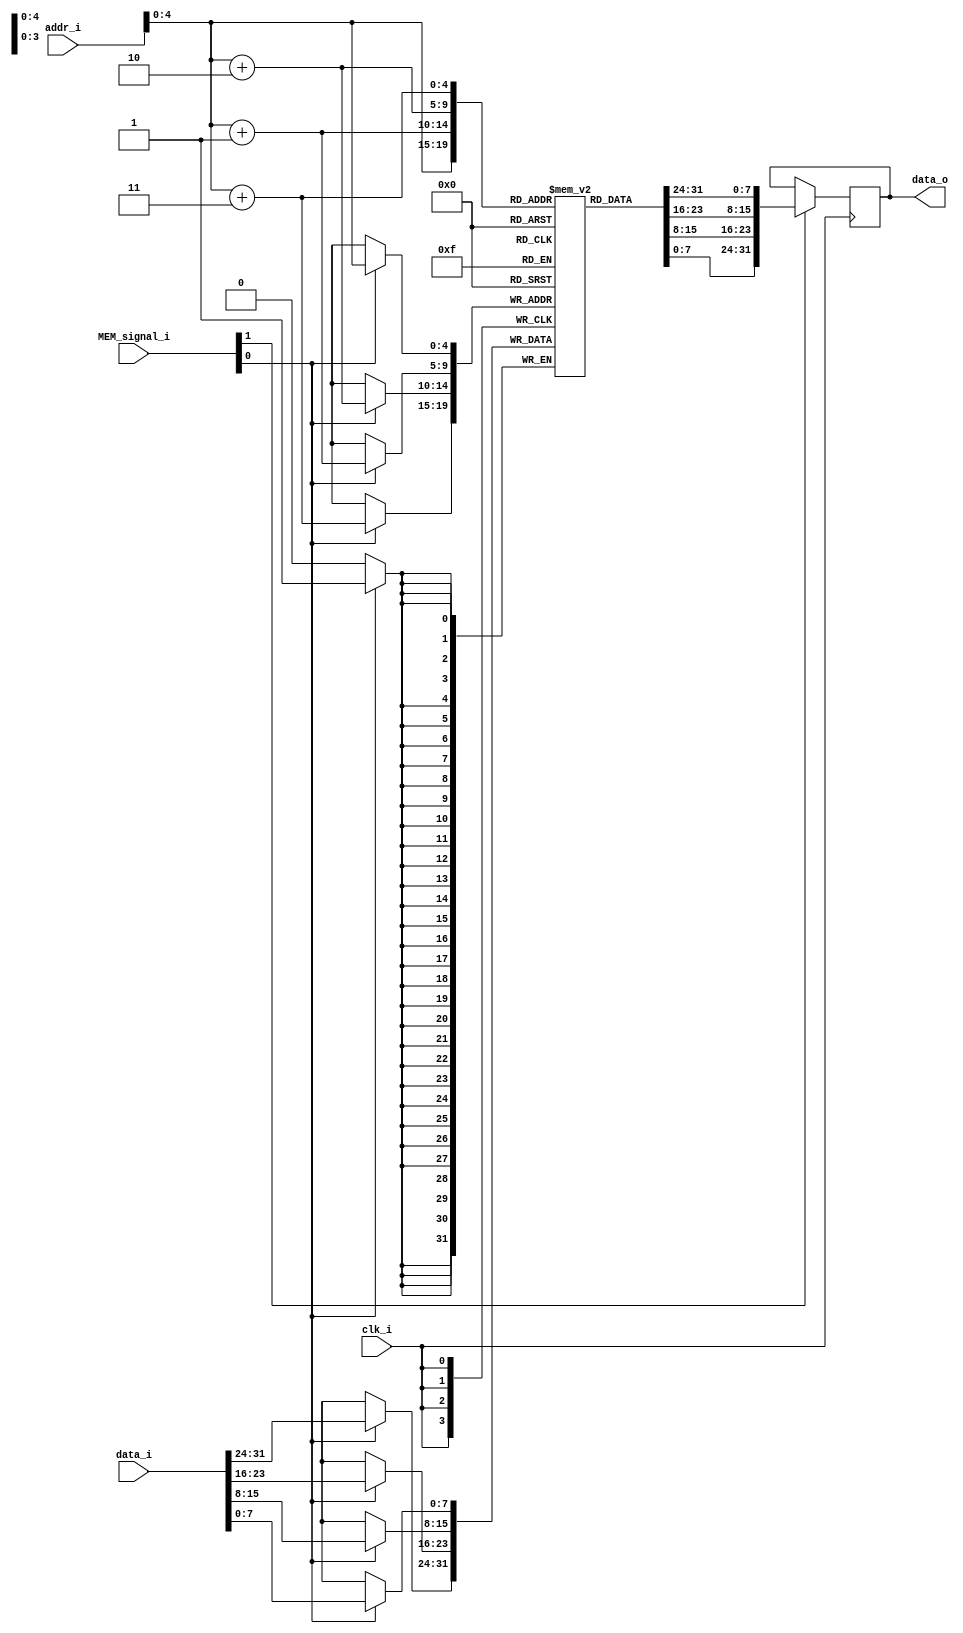
module Data_Memory
(
    clk_i,
    addr_i,
    data_i,     
    MEM_signal_i,
    data_o
);

// Interface
input clk_i;
input [31:0]	addr_i;
input [31:0] data_i;
input [2:0] MEM_signal_i;
output reg [31:0]	data_o;

// data memory
reg [7:0]	memory[31:0];




// Write Data   
always@(posedge clk_i) begin
    if(MEM_signal_i[0])begin
        memory[addr_i] = data_i[7:0];
        memory[addr_i+1] = data_i[15:8];
        memory[addr_i+2] = data_i[23:16];
        memory[addr_i+3] = data_i[31:24];
    end	
end
always@(negedge clk_i)begin
    if(MEM_signal_i[1])begin
        data_o = {memory[addr_i+3], memory[addr_i+2], memory[addr_i+1], memory[addr_i]};
    end 
end


endmodule